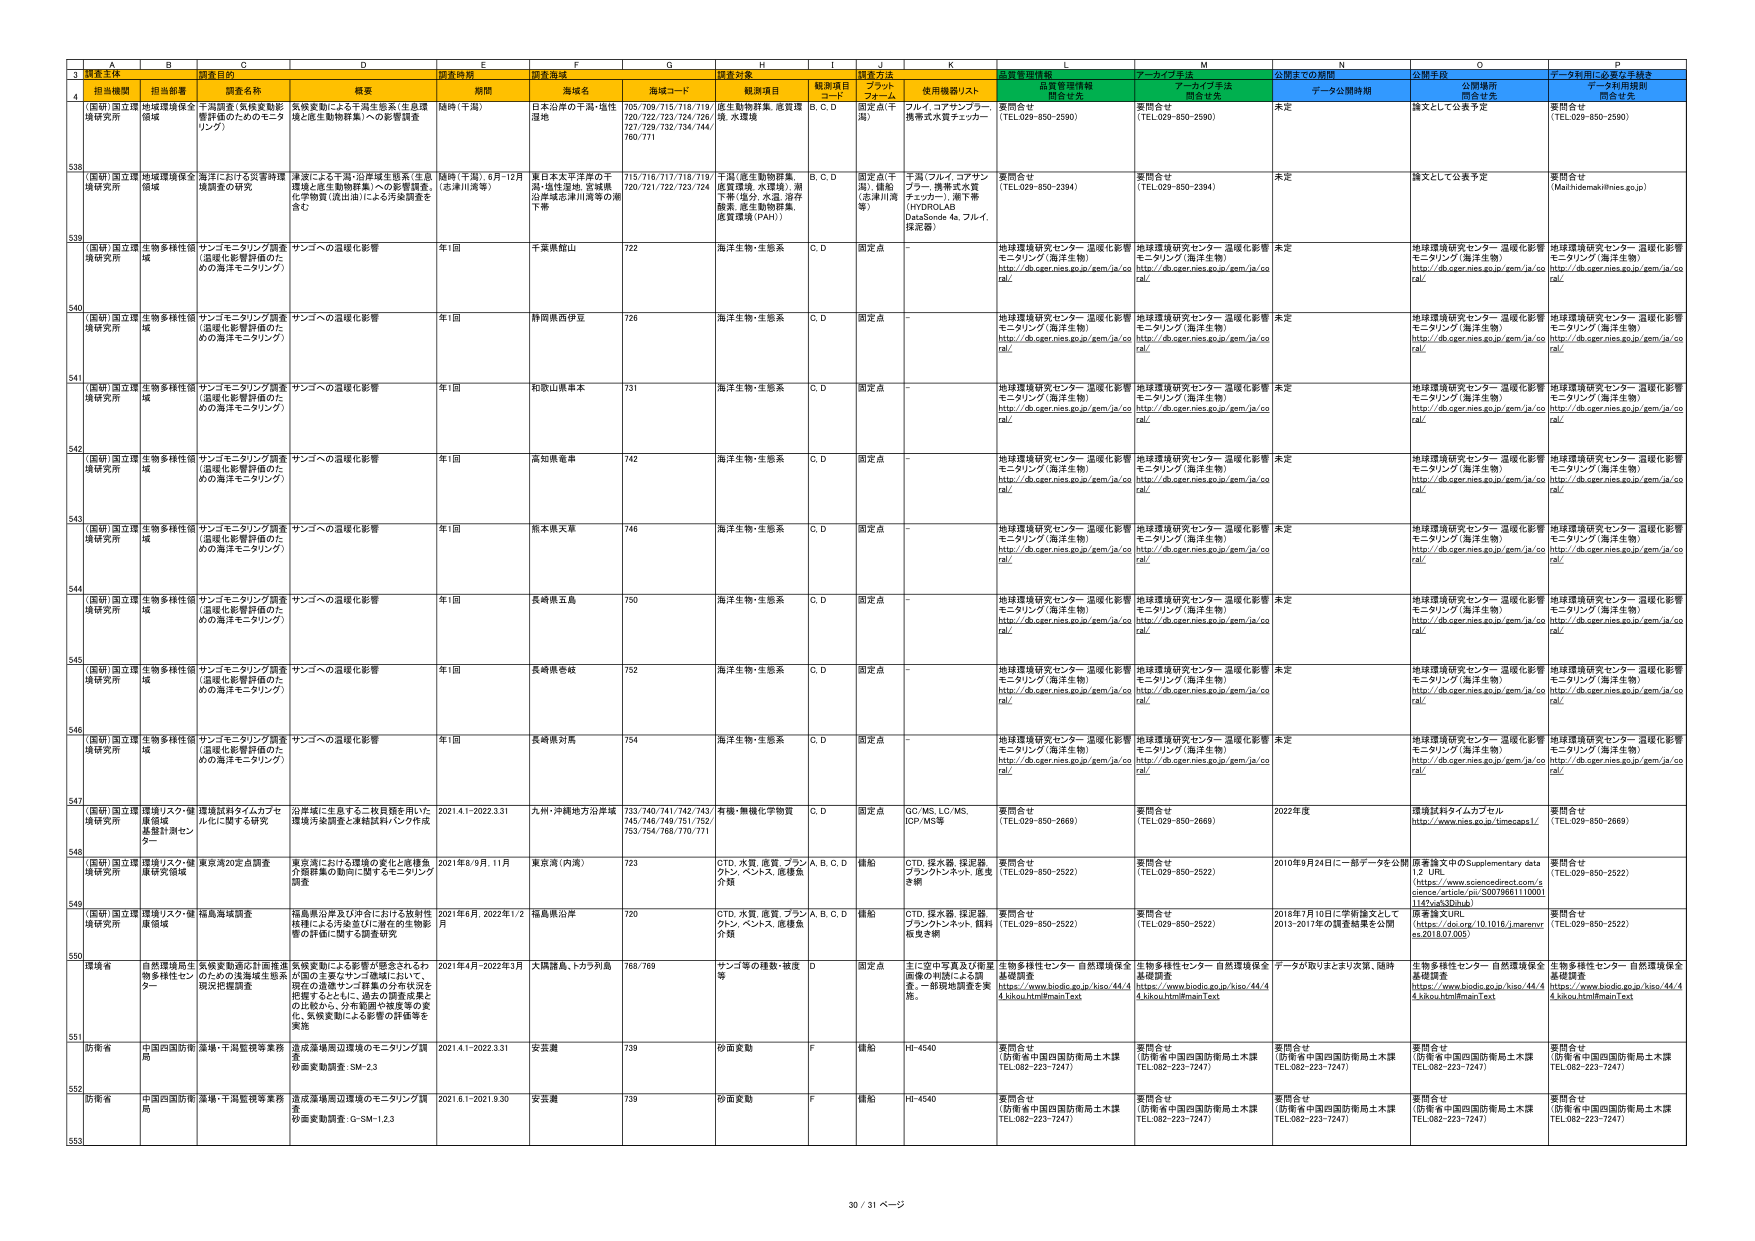
3 調査主体
4 担当機関 担当部署 調査目的 調査時期 調査目的 調査対象 調査方法 データ利用規則
538 （国研）国立環境研究所 生物多様性領域 環境環境保全領域 千葉湾系（気候変動影響評価のためのモニタリング） 気候変動による千葉生態系（生産環境と底生動物群集）への影響調査 随時（千葉） 日本沿岸の千葉・境港 湿地 705/709/715/718/719/720/722/723/724/726/727/729/732/734/744/760/771 底生動物群集、底質環境、水環境 B、C、D 固定点（千葉） フルイ、コアサンプラー、携帯式水質マネジャー 要問合せ （TEL.029-850-2590） 要問合せ （TEL.029-850-2590） 未定 論文として公表予定 要問合せ （TEL.029-850-2590）
539 （国研）国立環境研究所 生物多様性領域 環境環境保全領域 海洋における災害管理環境保全研究 津波による干潟・沿岸域生態系（生産環境と底生動物群集）への影響調査、化学物質（流出油）による汚染調査を含む 随時（千葉）、5月-12月（志津川湾等） 東日本大震災津波の干潟・堆性湿地、宮城県沿岸域志津川湾等の潮下帯 713/718/717/719/719/720/721/722/723/724/726/727/729/732/734/744/760/771 千潟（底生動物群集、底質環境、水環境）、潮下帯（塩分、水温、溶存酸素、底生動物群集、底質環境（PAH）） B、C、D 固定点（千潟）、離脱（志津川湾等） 千潟（フルイ、コアサンプラー、携帯式水質マネッガー）、潮下帯（HYDROLAB DataSonde 4s、フライ、採泥器） 要問合せ （TEL.029-850-2394） 要問合せ （TEL.029-850-2394） 未定 論文として公表予定 要問合せ （Mashu@emakihinies.go.jp）
540 （国研）国立環境研究所 生物多様性領域 サンゴモニタリング調査（温暖化影響評価のための海洋モニタリング） サンゴへの温暖化影響 年1回 千葉県館山 722 海洋生物・生態系 C、D 固定点 - 地球環境研究センター 温暖化影響モニタリング（海洋生物） http://db.cger.nies.go.jp/gem/ja/coral/ 地球環境研究センター 温暖化影響モニタリング（海洋生物） http://db.cger.nies.go.jp/gem/ja/coral/ 未定 地球環境研究センター 温暖化影響モニタリング（海洋生物） http://db.cger.nies.go.jp/gem/ja/coral/ 地球環境研究センター 温暖化影響モニタリング（海洋生物） http://db.cger.nies.go.jp/gem/ja/coral/
541 （国研）国立環境研究所 生物多様性領域 サンゴモニタリング調査（温暖化影響評価のための海洋モニタリング） サンゴへの温暖化影響 年1回 静岡県西伊豆 726 海洋生物・生態系 C、D 固定点 - 地球環境研究センター 温暖化影響モニタリング（海洋生物） http://db.cger.nies.go.jp/gem/ja/coral/ 地球環境研究センター 温暖化影響モニタリング（海洋生物） http://db.cger.nies.go.jp/gem/ja/coral/ 未定 地球環境研究センター 温暖化影響モニタリング（海洋生物） http://db.cger.nies.go.jp/gem/ja/coral/ 地球環境研究センター 温暖化影響モニタリング（海洋生物） http://db.cger.nies.go.jp/gem/ja/coral/
542 （国研）国立環境研究所 生物多様性領域 サンゴモニタリング調査（温暖化影響評価のための海洋モニタリング） サンゴへの温暖化影響 年1回 和歌山県串本 731 海洋生物・生態系 C、D 固定点 - 地球環境研究センター 温暖化影響モニタリング（海洋生物） http://db.cger.nies.go.jp/gem/ja/coral/ 地球環境研究センター 温暖化影響モニタリング（海洋生物） http://db.cger.nies.go.jp/gem/ja/coral/ 未定 地球環境研究センター 温暖化影響モニタリング（海洋生物） http://db.cger.nies.go.jp/gem/ja/coral/ 地球環境研究センター 温暖化影響モニタリング（海洋生物） http://db.cger.nies.go.jp/gem/ja/coral/
543 （国研）国立環境研究所 生物多様性領域 サンゴモニタリング調査（温暖化影響評価のための海洋モニタリング） サンゴへの温暖化影響 年1回 高知県奄美 742 海洋生物・生態系 C、D 固定点 - 地球環境研究センター 温暖化影響モニタリング（海洋生物） http://db.cger.nies.go.jp/gem/ja/coral/ 地球環境研究センター 温暖化影響モニタリング（海洋生物） http://db.cger.nies.go.jp/gem/ja/coral/ 未定 地球環境研究センター 温暖化影響モニタリング（海洋生物） http://db.cger.nies.go.jp/gem/ja/coral/ 地球環境研究センター 温暖化影響モニタリング（海洋生物） http://db.cger.nies.go.jp/gem/ja/coral/
544 （国研）国立環境研究所 生物多様性領域 サンゴモニタリング調査（温暖化影響評価のための海洋モニタリング） サンゴへの温暖化影響 年1回 熊本県大島 746 海洋生物・生態系 C、D 固定点 - 地球環境研究センター 温暖化影響モニタリング（海洋生物） http://db.cger.nies.go.jp/gem/ja/coral/ 地球環境研究センター 温暖化影響モニタリング（海洋生物） http://db.cger.nies.go.jp/gem/ja/coral/ 未定 地球環境研究センター 温暖化影響モニタリング（海洋生物） http://db.cger.nies.go.jp/gem/ja/coral/ 地球環境研究センター 温暖化影響モニタリング（海洋生物） http://db.cger.nies.go.jp/gem/ja/coral/
545 （国研）国立環境研究所 生物多様性領域 サンゴモニタリング調査（温暖化影響評価のための海洋モニタリング） サンゴへの温暖化影響 年1回 長崎県五島 750 海洋生物・生態系 C、D 固定点 - 地球環境研究センター 温暖化影響モニタリング（海洋生物） http://db.cger.nies.go.jp/gem/ja/coral/ 地球環境研究センター 温暖化影響モニタリング（海洋生物） http://db.cger.nies.go.jp/gem/ja/coral/ 未定 地球環境研究センター 温暖化影響モニタリング（海洋生物） http://db.cger.nies.go.jp/gem/ja/coral/ 地球環境研究センター 温暖化影響モニタリング（海洋生物） http://db.cger.nies.go.jp/gem/ja/coral/
546 （国研）国立環境研究所 生物多様性領域 サンゴモニタリング調査（温暖化影響評価のための海洋モニタリング） サンゴへの温暖化影響 年1回 長崎県壱岐 752 海洋生物・生態系 C、D 固定点 - 地球環境研究センター 温暖化影響モニタリング（海洋生物） http://db.cger.nies.go.jp/gem/ja/coral/ 地球環境研究センター 温暖化影響モニタリング（海洋生物） http://db.cger.nies.go.jp/gem/ja/coral/ 未定 地球環境研究センター 温暖化影響モニタリング（海洋生物） http://db.cger.nies.go.jp/gem/ja/coral/ 地球環境研究センター 温暖化影響モニタリング（海洋生物） http://db.cger.nies.go.jp/gem/ja/coral/
547 （国研）国立環境研究所 生物多様性領域 サンゴモニタリング調査（温暖化影響評価のための海洋モニタリング） サンゴへの温暖化影響 年1回 長崎県対馬 754 海洋生物・生態系 C、D 固定点 - 地球環境研究センター 温暖化影響モニタリング（海洋生物） http://db.cger.nies.go.jp/gem/ja/coral/ 地球環境研究センター 温暖化影響モニタリング（海洋生物） http://db.cger.nies.go.jp/gem/ja/coral/ 未定 地球環境研究センター 温暖化影響モニタリング（海洋生物） http://db.cger.nies.go.jp/gem/ja/coral/ 地球環境研究センター 温暖化影響モニタリング（海洋生物） http://db.cger.nies.go.jp/gem/ja/coral/
548 （国研）国立環境研究所 環境リスク・健康領域 基盤計測センター 環境試料タイムカプセル化に関する研究 分析域に生息する二枚貝類を用いた、環境汚染調査と連続試料バンク作成 2021.4.1-2022.3.31 九州・沖縄地方分岸域 733/740/741/742/743/745/746/749/751/752/753/754/768/770/771/771 有機・無機化学物質 C、D 固定点 GC-MS、LC-MS、ICP-MS等 要問合せ （TEL.029-850-2669） 要問合せ （TEL.029-850-2669） 2022年度 環境試料タイムカプセル http://www.nies.go.jp/timecaps1/ 要問合せ （TEL.029-850-2669）
549 （国研）国立環境研究所 環境リスク・健康研究領域 東京湾20定点調査 東京湾における環境の変化と底棲魚介類群集の動向に関するモニタリング調査 2021年8/9月、11月 東京湾（内湾） 723 CTD、水質、底質、プランクトン、ベントス、底棲魚介類 A、B、C、D 錨舶 CTD、採水器、採泥器、プランクトンネット、底曳き網 要問合せ （TEL.029-850-2522） 要問合せ （TEL.029-850-2522） 2010年9月24日に一部データを公開 原著論文中のSupplementary data 1.2 URL （https://www.sciencedirect.com/science/article/pii/S0079661110001114?via%3Dihub） 要問合せ （TEL.029-850-2522）
550 （国研）国立環境研究所 環境リスク・健康領域 福島海域調査 福島県沿岸及び沖合における放射性核種による汚染並びに潜在的生物影響の評価に関する調査研究 2021年6月、2022年1/2月 福島県沿岸 720 CTD、水質、底質、プランクトン、ベントス、底棲魚介類 A、B、C、D 錨舶 CTD、採水器、採泥器、プランクトンネット、餌料曳き網 要問合せ （TEL.029-850-2522） 要問合せ （TEL.029-850-2522） 2018年7月10日に学術論文として2013-2017年の調査結果を公開 原著論文URL （https://doi.org/10.1016/j.marenvres.2018.07.005） 要問合せ （TEL.029-850-2522）
551 環境省 自然環境保全局 特殊種センター 気候変動適応計画推進のための浅海域生態系現状把握調査 気候変動による影響が懸念されるわが国の主要なサンゴ海域において、現在の温帯サンゴ群集の分布状況と把握するとともに、過去の調査成果との比較から、分布範囲や密度等の変化、気候変動による影響の評価等を実施 2021年4月-2022年3月 大隅諸島、トカラ列島 768/769 サンゴ等の種数・密度等 D 固定点 主に空中写真及び衛星画像の判読による調査。一部現地調査を実施。 生物多様性センター 自然環境保全基礎調査 https://www.biodic.go.jp/kiso/44/4.4.kikou.html#mainText 生物多様性センター 自然環境保全基礎調査 https://www.biodic.go.jp/kiso/44/4.4.kikou.html#mainText データが取りまとまり次第、随時 生物多様性センター 自然環境保全基礎調査 https://www.biodic.go.jp/kiso/44/4.4.kikou.html#mainText
552 防衛省 中国四国防衛局 漁場・干潟監視等業務 漁況漁場周辺環境のモニタリング調査 移動変動調査：SM-2.3 2021.4.1-2022.3.31 安芸灘 739 砂面変動 F 錨舶 HL-4540 要問合せ （防衛省中国四国防衛局土木課 TEL.082-223-7247） 要問合せ （防衛省中国四国防衛局土木課 TEL.082-223-7247） 要問合せ （防衛省中国四国防衛局土木課 TEL.082-223-7247） 要問合せ （防衛省中国四国防衛局土木課 TEL.082-223-7247） 要問合せ （防衛省中国四国防衛局土木課 TEL.082-223-7247）
553 防衛省 中国四国防衛局 漁場・干潟監視等業務 漁況漁場周辺環境のモニタリング調査 移動変動調査：G-SM-1.2.3 2021.8.1-2021.9.30 安芸灘 739 砂面変動 F 錨舶 HL-4540 要問合せ （防衛省中国四国防衛局土木課 TEL.082-223-7247） 要問合せ （防衛省中国四国防衛局土木課 TEL.082-223-7247） 要問合せ （防衛省中国四国防衛局土木課 TEL.082-223-7247） 要問合せ （防衛省中国四国防衛局土木課 TEL.082-223-7247） 要問合せ （防衛省中国四国防衛局土木課 TEL.082-223-7247）
30 / 31 ページ